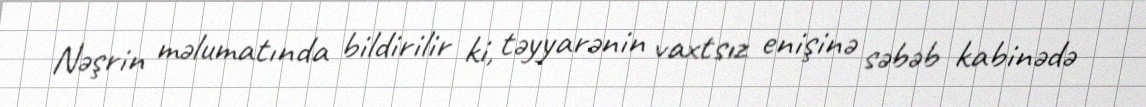
Nəşrin məlumatında bildirilir ki, təyyarənin vaxtsız enişinə səbəb kabinədə